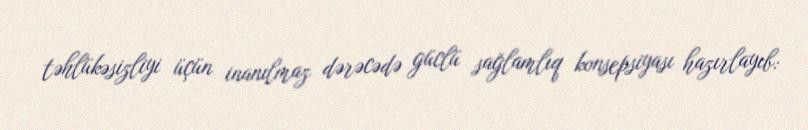
təhlükəsizliyi üçün inanılmaz dərəcədə güclü sağlamlıq konsepsiyası hazırlayıb: